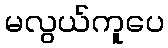
မလွယ်ကူပေ